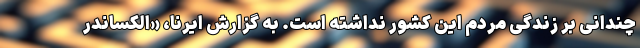
چندانی بر زندگی مردم این کشور نداشته است. به گزارش ایرنا، «الکساندر